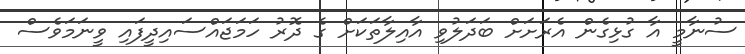
ސުނާމީ އާ ގުޅިގެން އެރަށަށް ބަދަލުވި އާއިލާތަކަށް ގެ ދޮރު ހަމަޖައްސައިދީފައި ވީނަމަވެސް